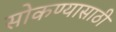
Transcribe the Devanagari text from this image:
सोकण्यासाठी